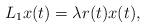
LaTeX: \begin{align*} L _{1} x(t)=\lambda r(t)x(t), \end{align*}